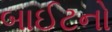
બાઈટનો